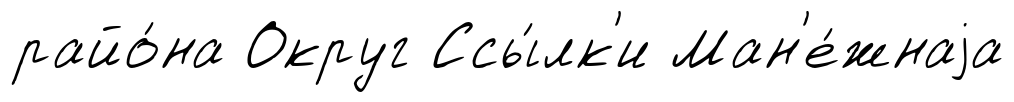
райо́на Округ Ссы́лк'и Ман'е́жнаjа